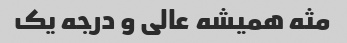
مثه همیشه عالی و درجه یک